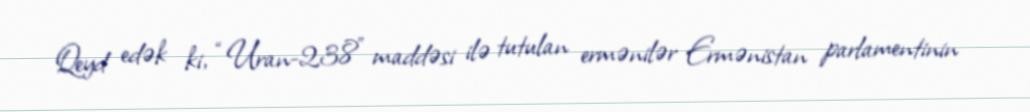
Qeyd edək ki, “Uran-238” maddəsi ilə tutulan ermənilər Ermənistan parlamentinin